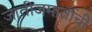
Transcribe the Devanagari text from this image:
जातीजमातींची